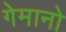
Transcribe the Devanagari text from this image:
गेमानो